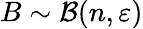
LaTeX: B\sim\mathcal{B}(n,\varepsilon)